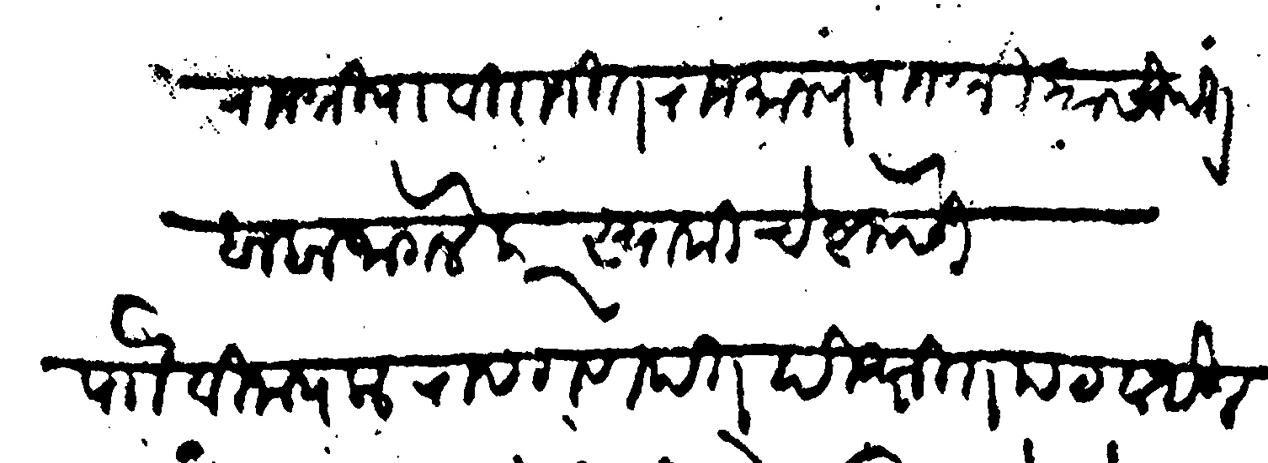
Transliteration (Devanagari): राजश्रिया विराजित राजमान्य राजश्री कासीपंत बाबा जोगलेकर स्वामीचे शेवेसी पाो विनायकराव गणपत दीक्षित पटवर्धन